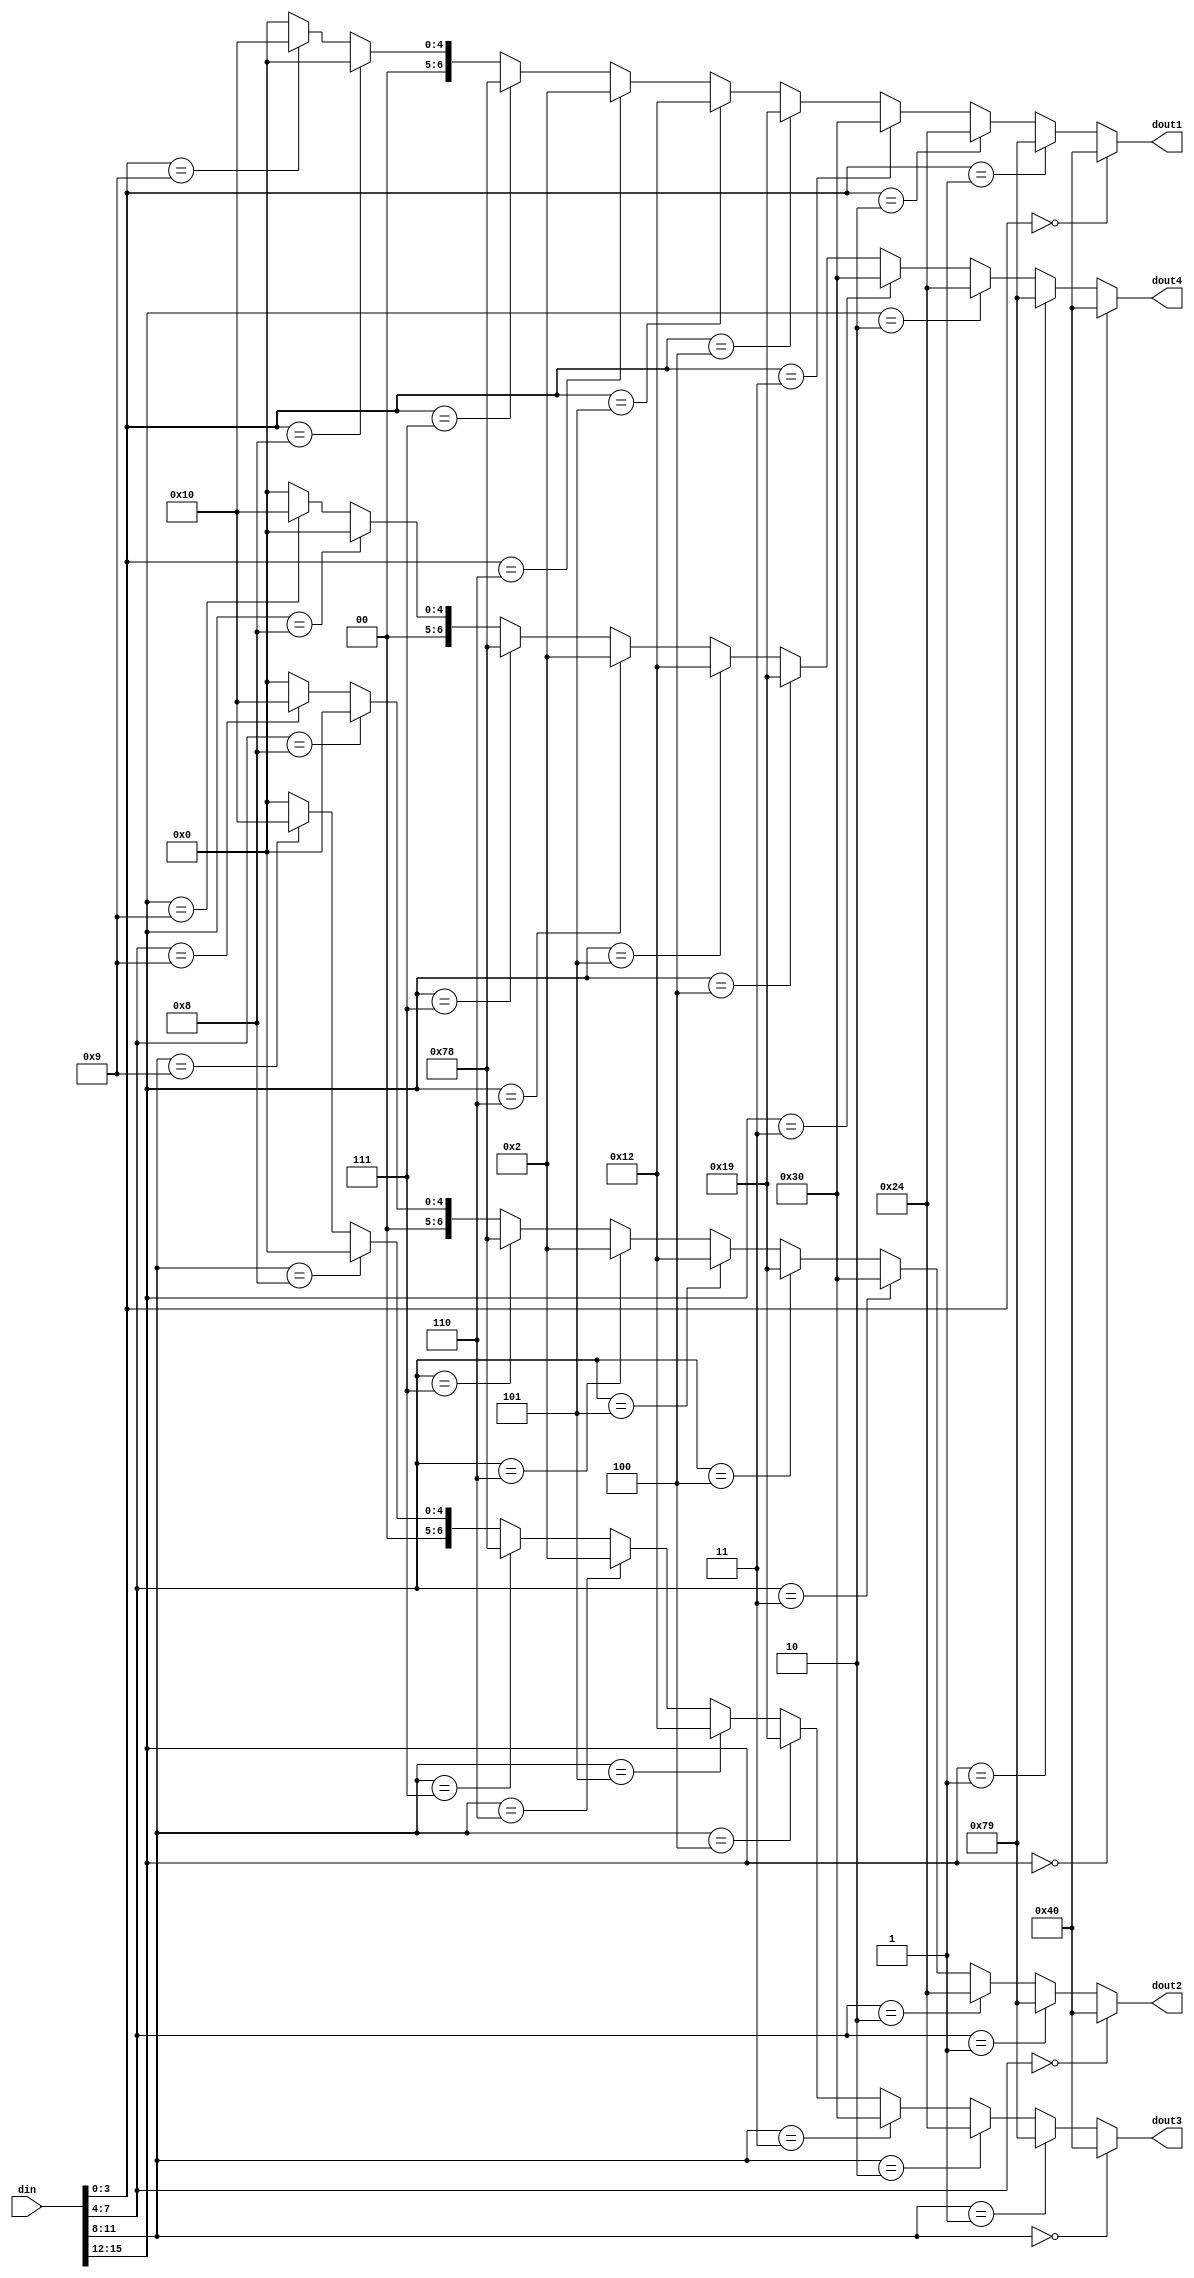
module bcd(
  din,
  dout1,
  dout2,
  dout3,
  dout4
);

input   [15:0]   din;
output  [6:0]   dout1,dout2,dout3,dout4;

reg tmp;

assign  dout1=(din[3:0]==4'd0)?7'b1000000:
             (din[3:0]==4'd1)?7'b1111001:
             (din[3:0]==4'd2)?7'b0100100:
             (din[3:0]==4'd3)?7'b0110000:
             (din[3:0]==4'd4)?7'b0011001:
             (din[3:0]==4'd5)?7'b0010010:
             (din[3:0]==4'd6)?7'b0000010:
             (din[3:0]==4'd7)?7'b1111000:
             (din[3:0]==4'd8)?7'b0000000:
             (din[3:0]==4'd9)?7'b0010000:7'b0;

assign  dout2=(din[7:4]==4'd0)?7'b1000000:
             (din[7:4]==4'd1)?7'b1111001:
             (din[7:4]==4'd2)?7'b0100100:
             (din[7:4]==4'd3)?7'b0110000:
             (din[7:4]==4'd4)?7'b0011001:
             (din[7:4]==4'd5)?7'b0010010:
             (din[7:4]==4'd6)?7'b0000010:
             (din[7:4]==4'd7)?7'b1111000:
             (din[7:4]==4'd8)?7'b0000000:
             (din[7:4]==4'd9)?7'b0010000:7'b0;

assign  dout3=(din[11:8]==4'd0)?7'b1000000:
             (din[11:8]==4'd1)?7'b1111001:
             (din[11:8]==4'd2)?7'b0100100:
             (din[11:8]==4'd3)?7'b0110000:
             (din[11:8]==4'd4)?7'b0011001:
             (din[11:8]==4'd5)?7'b0010010:
             (din[11:8]==4'd6)?7'b0000010:
             (din[11:8]==4'd7)?7'b1111000:
             (din[11:8]==4'd8)?7'b0000000:
             (din[11:8]==4'd9)?7'b0010000:7'b0;

assign  dout4=(din[15:12]==4'd0)?7'b1000000:
             (din[15:12]==4'd1)?7'b1111001:
             (din[15:12]==4'd2)?7'b0100100:
             (din[15:12]==4'd3)?7'b0110000:
             (din[15:12]==4'd4)?7'b0011001:
             (din[15:12]==4'd5)?7'b0010010:
             (din[15:12]==4'd6)?7'b0000010:
             (din[15:12]==4'd7)?7'b1111000:
             (din[15:12]==4'd8)?7'b0000000:
             (din[15:12]==4'd9)?7'b0010000:7'b0;
endmodule